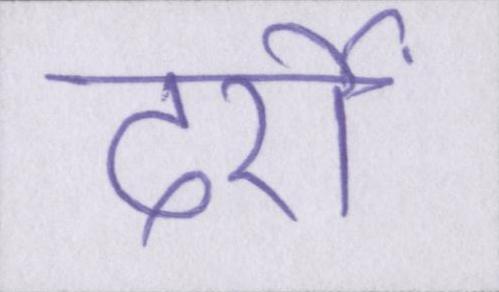
दर्रों